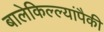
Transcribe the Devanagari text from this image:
बालेकिल्ल्यांपैकी